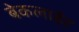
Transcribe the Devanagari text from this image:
बेकलाईट